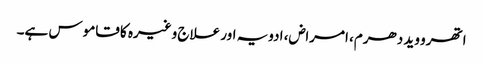
اتھرو وید دھرم، امراض، ادویہ اور علاج وغیرہ کا قاموس ہے۔